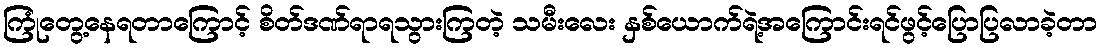
ကြုံတွေ့နေရတာကြောင့် စိတ်ဒဏ်ရာရသွားကြတဲ့ သမီးလေး နှစ်ယောက်ရဲ့အကြောင်းရင်ဖွင့်ပြောပြလာခဲ့တာ